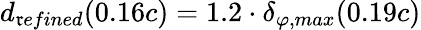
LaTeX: {d_{\mathfrak{r}efined}(0.16c)=1.2\cdot\delta_{\varphi,max}(0.19c)}